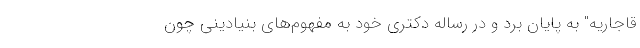
قاجاریه" به پایان برد و در رساله دکتری خود به مفهوم‌های بنیادینی چون